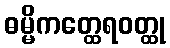
ဓမ္မိကတ္ထေရဝတ္ထု